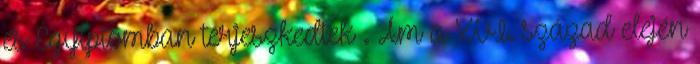
és Egyiptomban terjeszkedtek . Ám a XVI. század elején